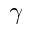
\gamma